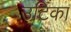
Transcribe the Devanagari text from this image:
उटिका